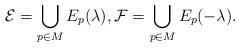
LaTeX: \begin{align*}\mathcal{E}=\bigcup_{p\in M}E_p(\lambda),\mathcal{F}=\bigcup_{p\in M}E_p(-\lambda). \end{align*}